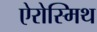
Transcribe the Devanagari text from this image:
ऐरोस्मिथ